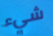
شيء